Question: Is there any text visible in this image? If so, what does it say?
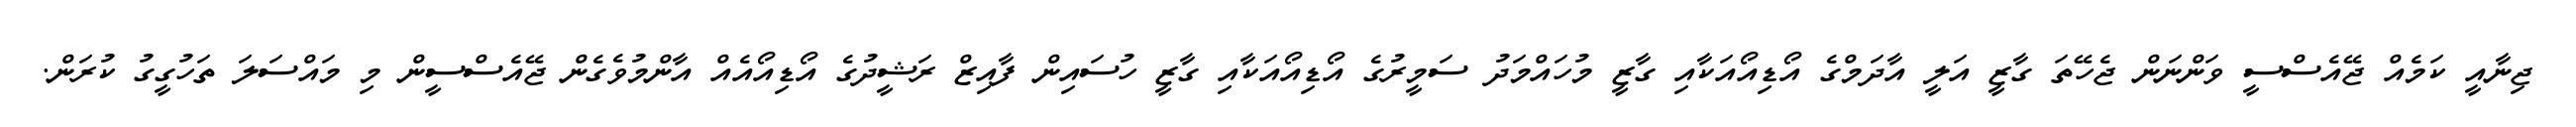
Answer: ޖިނާއީ ކަމެއް ޖޭއެސްސީ ވަންނަން ޖެހޭތަ ގާޒީ އަލީ އާދަމްގެ އޯޑިއޯއަކާއި ގާޒީ މުހައްމަދު ސަމީރުގެ އޯޑިއޯއަކާއި ގާޒީ ހުސައިން ފާއިޒް ރަޝީދުގެ އޯޑިއޯއެއް އާންމުވެގެން ޖޭއެސްސީން މި މައްސަލަ ތަހުގީގު ކުރަން.